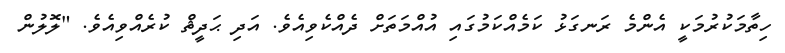
ހިތާމަކުރުމަކީ އެންމެ ރަނގަޅު ކަމެއްކަމުގައި އުއްމަތަށް ދެއްކެވިއެވެ. އަދި ޙަދީޘް ކުރެއްވިއެވެ. "ލޮލުން